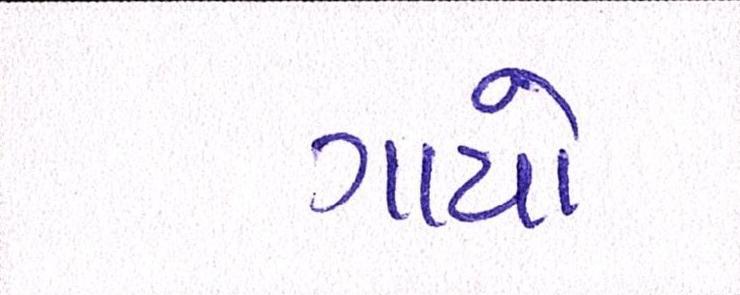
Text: ગાયો